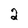
Character: 2